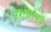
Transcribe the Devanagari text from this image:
प्रशंसापत्रे